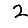
Digit: 2